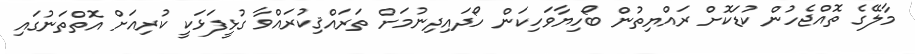
މާލޭގެ ތޮއްޖެހުން ކުޑަކޮށް ރައްޔިތުން ބޯހިޔާވަހިކަން ހޯދައިދިނުމަށް ތަރައްޤިކުރައްވާ ގުޅީފަޅަކީ ކުރިއަށް އޮތްތަނުގައި